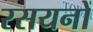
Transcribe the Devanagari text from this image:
रसयनों